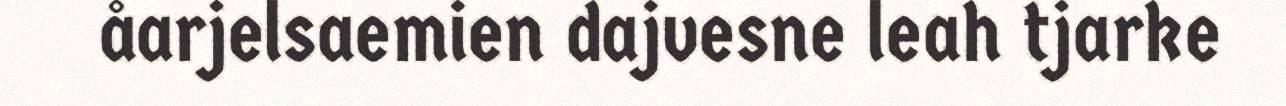
åarjelsaemien dajvesne leah tjarke